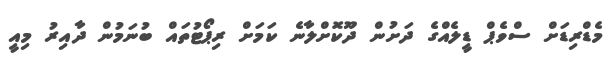
މެޑްރިޑަށް ސްވެޕް ޑީލެއްގެ ދަށުން ދޫކޮށްލާނެ ކަމަށް ރިޕޯޓުތައް ބުނަމުން ދާއިރު މިއީ